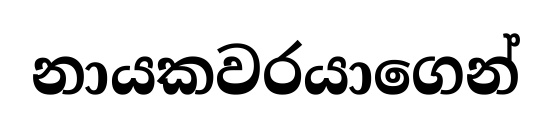
නායකවරයාගෙන්